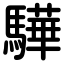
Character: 驊